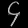
Digit: ၄